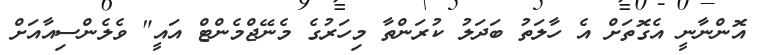
އޮންނާނީ އެގޮތަށް އެ ހާލަތު ބަދަލު ކުރަންތާ މިހަރުގެ މެނޭޖްމެންޓް އައީ" ވެލެންސިއާއަށް